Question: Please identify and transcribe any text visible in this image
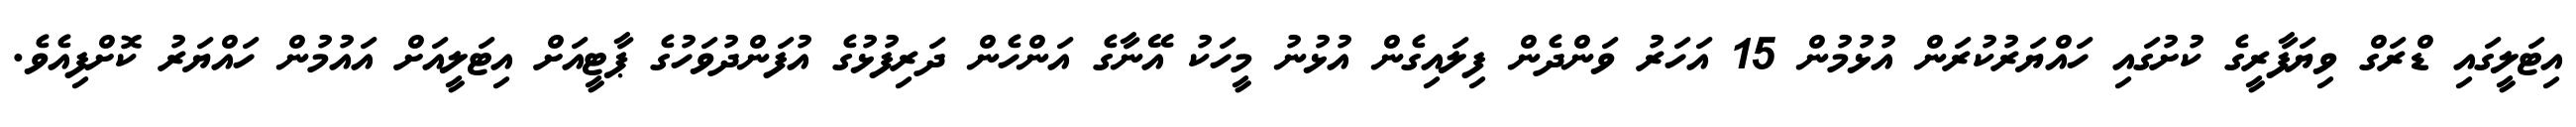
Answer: އިޓަލީގައި ޑްރަގް ވިޔަފާރީގެ ކުށުގައި ހައްޔަރުކުރަން އުޅުމުން 15 އަހަރު ވަންދެން ފިލައިގެން އުޅުނު މީހަކު އޭނާގެ އަންހެން ދަރިފުޅުގެ އުފަންދުވަހުގެ ޕާޓީއަށް އިޓަލީއަށް އައުމުން ހައްޔަރު ކޮށްފިއެވެ.